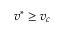
v ^ { * } \geq v _ { c }